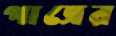
পাত্রের